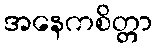
အနေကစိတ္တာ